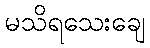
မသိရသေးချေ